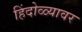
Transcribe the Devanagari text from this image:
हिंदोळ्यावर